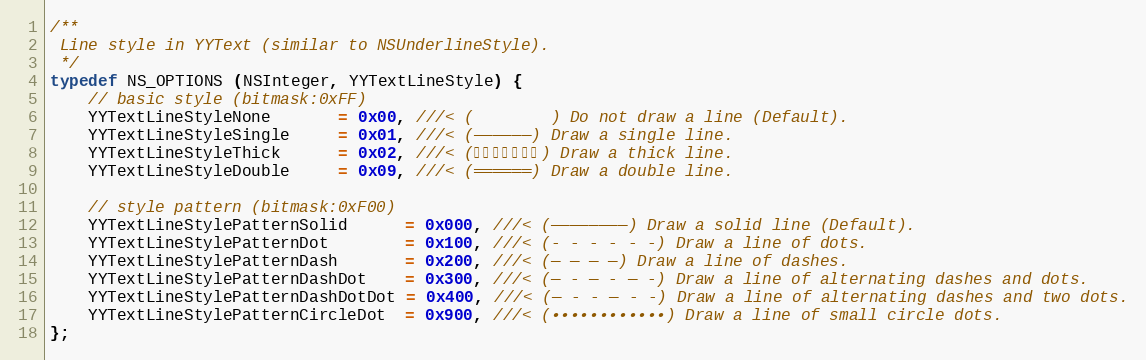
Language: C
/**
 Line style in YYText (similar to NSUnderlineStyle).
 */
typedef NS_OPTIONS (NSInteger, YYTextLineStyle) {
    // basic style (bitmask:0xFF)
    YYTextLineStyleNone       = 0x00, ///< (        ) Do not draw a line (Default).
    YYTextLineStyleSingle     = 0x01, ///< (──────) Draw a single line.
    YYTextLineStyleThick      = 0x02, ///< (━━━━━━━) Draw a thick line.
    YYTextLineStyleDouble     = 0x09, ///< (══════) Draw a double line.

    // style pattern (bitmask:0xF00)
    YYTextLineStylePatternSolid      = 0x000, ///< (────────) Draw a solid line (Default).
    YYTextLineStylePatternDot        = 0x100, ///< (‑ ‑ ‑ ‑ ‑ ‑) Draw a line of dots.
    YYTextLineStylePatternDash       = 0x200, ///< (— — — —) Draw a line of dashes.
    YYTextLineStylePatternDashDot    = 0x300, ///< (— ‑ — ‑ — ‑) Draw a line of alternating dashes and dots.
    YYTextLineStylePatternDashDotDot = 0x400, ///< (— ‑ ‑ — ‑ ‑) Draw a line of alternating dashes and two dots.
    YYTextLineStylePatternCircleDot  = 0x900, ///< (••••••••••••) Draw a line of small circle dots.
};